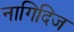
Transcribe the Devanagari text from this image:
नागिदिज